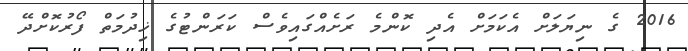
2016 ގެ ނިޔަލަށް އެކަމަށް އެދި ކޮންމެ ރަށެއްގައިވެސް ކަރަންޓުގެ ޚިދުމަތް ފޯރުކޮށްދޭ